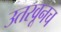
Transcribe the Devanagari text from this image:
उतरवूनच